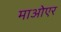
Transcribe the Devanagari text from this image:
माओएर